Vaccination North-Western Provinces and Oudh 1896-1901 - 1896-1901
Year: 1896
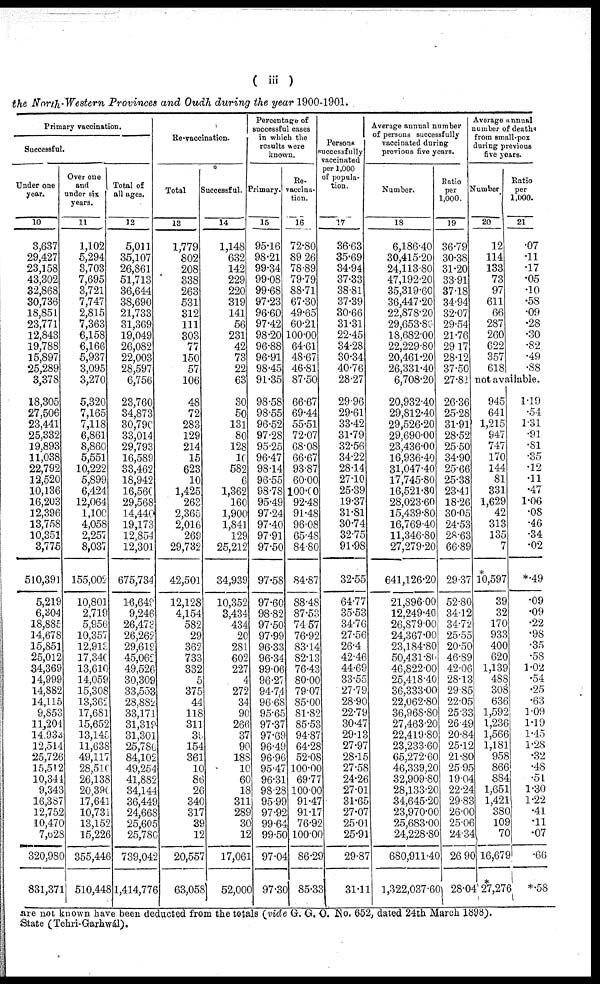
( iii )
the North-Western Provinces and Oudh during the year 1900-1901.
Primary vaccination.
Successful.
Under one
year.
10
3,637
29,427
23,158
43,302
32,868
30,736
18,851
23,771
12,843
19,788
15,897
25,289
3,378
18,305
27,506
23,441
25,332
19.893
11,038
22,792
12,520
10,136
16,203
12,396
13,758
10,351
3,775
510,391
5,219
6,304
18,885
14,678
15,851
25,012
34,369
14,999
14,882
14,115
9,853
11,204
14,933
12,514
25,726
15,512
10,344
9,343
16,387
12,752
10,470
7,628
320,980
831,371
Over one
and
under six
years.
11
1,102
5,294
3,703
7,695
3,721
7,747
2,815
7,363
6,158
6,166
5,937
3,095
3,270
5,320
7,165
7,118
6,861
8,860
5,551
10,222
5,899
6,424
12,064
1,100
4,058
2,257
8,037
155,002
10,801
2,719
5,956
10,357
12,913
17,340
13,610
14,059
15,308
13,362
17,681
15,652
13,145
11,638
49,117
28,510
26,138
20,390
17,641
10,731
13,152
15,226
355,446
510,448
Total of
all ages.
12
5,011
35,107
26,861
51,713
36,644
38,690
21,733
31,369
19,049
26,082
22,003
28,597
6,756
23,760
34,873
30,790
33,014
29,793
16,589
33,462
18,942
16,560
29,568
14,440
19,173
12,854
12,301
675,734
16,649
9,246
26,473
26,262
29,619
45,062
49,526
30,309
33,553
28,882
33,171
31,319
31,301
25,786
84,102
49,254
41,882
34,144
36,449
24,668
25,605
25,780
739,042
1,414,776
Re-vaccination.
Total
13
1,779
802
208
338
263
531
312
111
303
77
150
57
106
48
72
283
129
214
15
623
10
1,425
263
2,365
2,016
269
29,732
42,501
12,128
4,154
582
29
362
733
332
5
375
44
118
311
39
154
361
10
86
26
340
317
39
12
20,557
63,058
Successful.
14
1,148
632
142
229
220
319
141
56
231
42
73
22
63
30
50
131
80
128
10
582
6
1,362
160
1,900
1,841
129
25,212
34,939
10,352
3,434
434
20
281
602
227
4
272
34
90
266
37
90
188
10
60
18
311
289
30
12
17,061
52,000
Percentage of
successful cases
in which the
results were
known.
Primary.
15
95.16
98.21
99.34
99.08
99.68
97.23
96.60
97.42
98.20
96.88
96.91
98.45
91.35
98.58
98.55
96.52
97.28
95.25
96.47
98.14
96.55
98.78
95.49
97.24
97.40
97.91
97.50
97.58
97.60
98.82
97.50
97.99
96.33
96.34
99.06
96.27
94.74
96.68
95.65
97.37
97.69
96.49
96.96
95.47
96.31
98.28
95.99
97.92
99.64
99.50
97.04
97.30
Re-
vaccina-
tion.
16
72.80
89.26
78.89
79.79
88.71
67.30
49.65
60.21
100.00
64.61
48.67
46.81
87.50
66.67
69.44
55.51
72.07
68.08
66.67
93.87
60.00
100.00
92.48
91.48
96.08
65.48
84.80
84.87
88.48
87.53
74.57
76.92
83.14
82.13
76.43
80.00
79.07
85.00
81.82
85.53
94.87
64.28
52.08
100.00
69.77
100.00
91.47
91.17
76.92
100.00
86.29
85.33
Persons
successfully
vaccinated
per 1,000
of popula-
tion.
17
36.63
35.69
34.94
37.33
38.81
37.39
30.66
31.31
22.45
34.28
30.34
40.76
28.27
29.96
29.61
33.42
31.79
32.56
34.22
28.14
27.10
25.39
19.37
31.81
30.74
32.75
91.98
32.55
64.77
35.53
34.76
27.56
26.4
42.46
44.69
33.55
27.79
28.90
22.79
30.47
29.13
27.97
28.15
27.58
24.26
27.01
31.65
27.07
25.01
25.91
29.87
31.11
Average annual number
of persons successfully
vaccinated during
previous five years.
Number.
18
6,186.40
30,415.20
24,113.80
47,192.20
35,319.60
36,447.20
22,878.20
29,653.80
18,682.00
22,229.80
20,461.20
26,331.40
6,708.20
20,932.40
29,812.40
29,526.20
29,690.00
23,436.00
16,936.40
31,047.40
17,745.80
16,521.80
28,023.60
15,439.80
16,769.40
11,346.80
27,279.20
641,126.20
21,896.00
12,249.40
26,879.00
24,367.00
23,184.80
50,431.80
46,822.00
25,418.40
36,333.00
22,062.80
36,968.80
27,463.20
22,419.80
23,233.60
65,272.60
46,339.20
32,909.80
28,133.20
34,645.20
23,970.00
25,683.00
24,228.80
680,911.40
1,322,037.60
Ratio
per
1,000.
19
36.79
30.38
31.20
33.91
37.18
34.94
32.07
29.54
21.76
29.17
28.12
37.50
27.81
26.36
25.28
31.91
28.52
25.50
34.90
25.66
25.38
23.41
18.26
30.05
24.53
28.63
66.89
29.37
52.80
34.12
34.72
25.55
20.50
46.89
42.06
28.13
29.85
22.05
25.33
26.49
20.84
25.12
21.80
25.95
19.04
22.24
29.83
26.00
25.06
24.34
26.90
28.04
Average annual
number of deaths
from small-pox
during previous
five years.
Number
20
12
114
133
73
97
611
66
287
260
622
357
618
Ratio
per
1,000.
21
.07
.11
.17
.05
.10
.58
.09
.28
.30
.82
.49
.88
not available.
945
641
1,215
947
747
170
144
81
331
1,629
42
313
135
7
*
10,597
39
32
170
933
400
620
1,139
488
308
636
1,592
1,236
1,566
1,181
958
866
884
1,651
1,421
380
109
70
16,679
*
27,276
1.19
.54
1.31
.91
.81
.35
.12
.11
.47
1.06
.08
.46
.34
.02
*.49
.09
.09
.22
.98
.35
.58
1.02
.54
.25
.63
1.09
1.19
1.45
1.28
.32
.48
.51
1.30
1.22
.41
.11
.07
.66
*.58
are not known have been deducted from the totals (vide G. G. O. No. 652, dated 24th March 1898).
State (Tehri-Garhwál).